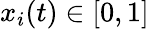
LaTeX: x_{i}(t)\in[0,1]